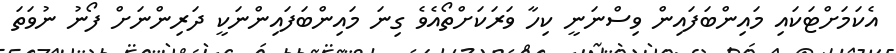
އެކަމަށްޓަކައި މައިންބަފައިން ވިސްނަނީ ކިހާ ވަރަކަށްތޯއެވެ ގިނަ މައިންބަފައިންނަކީ ދަރިންނަށް ފޯނު ނުވަތަ